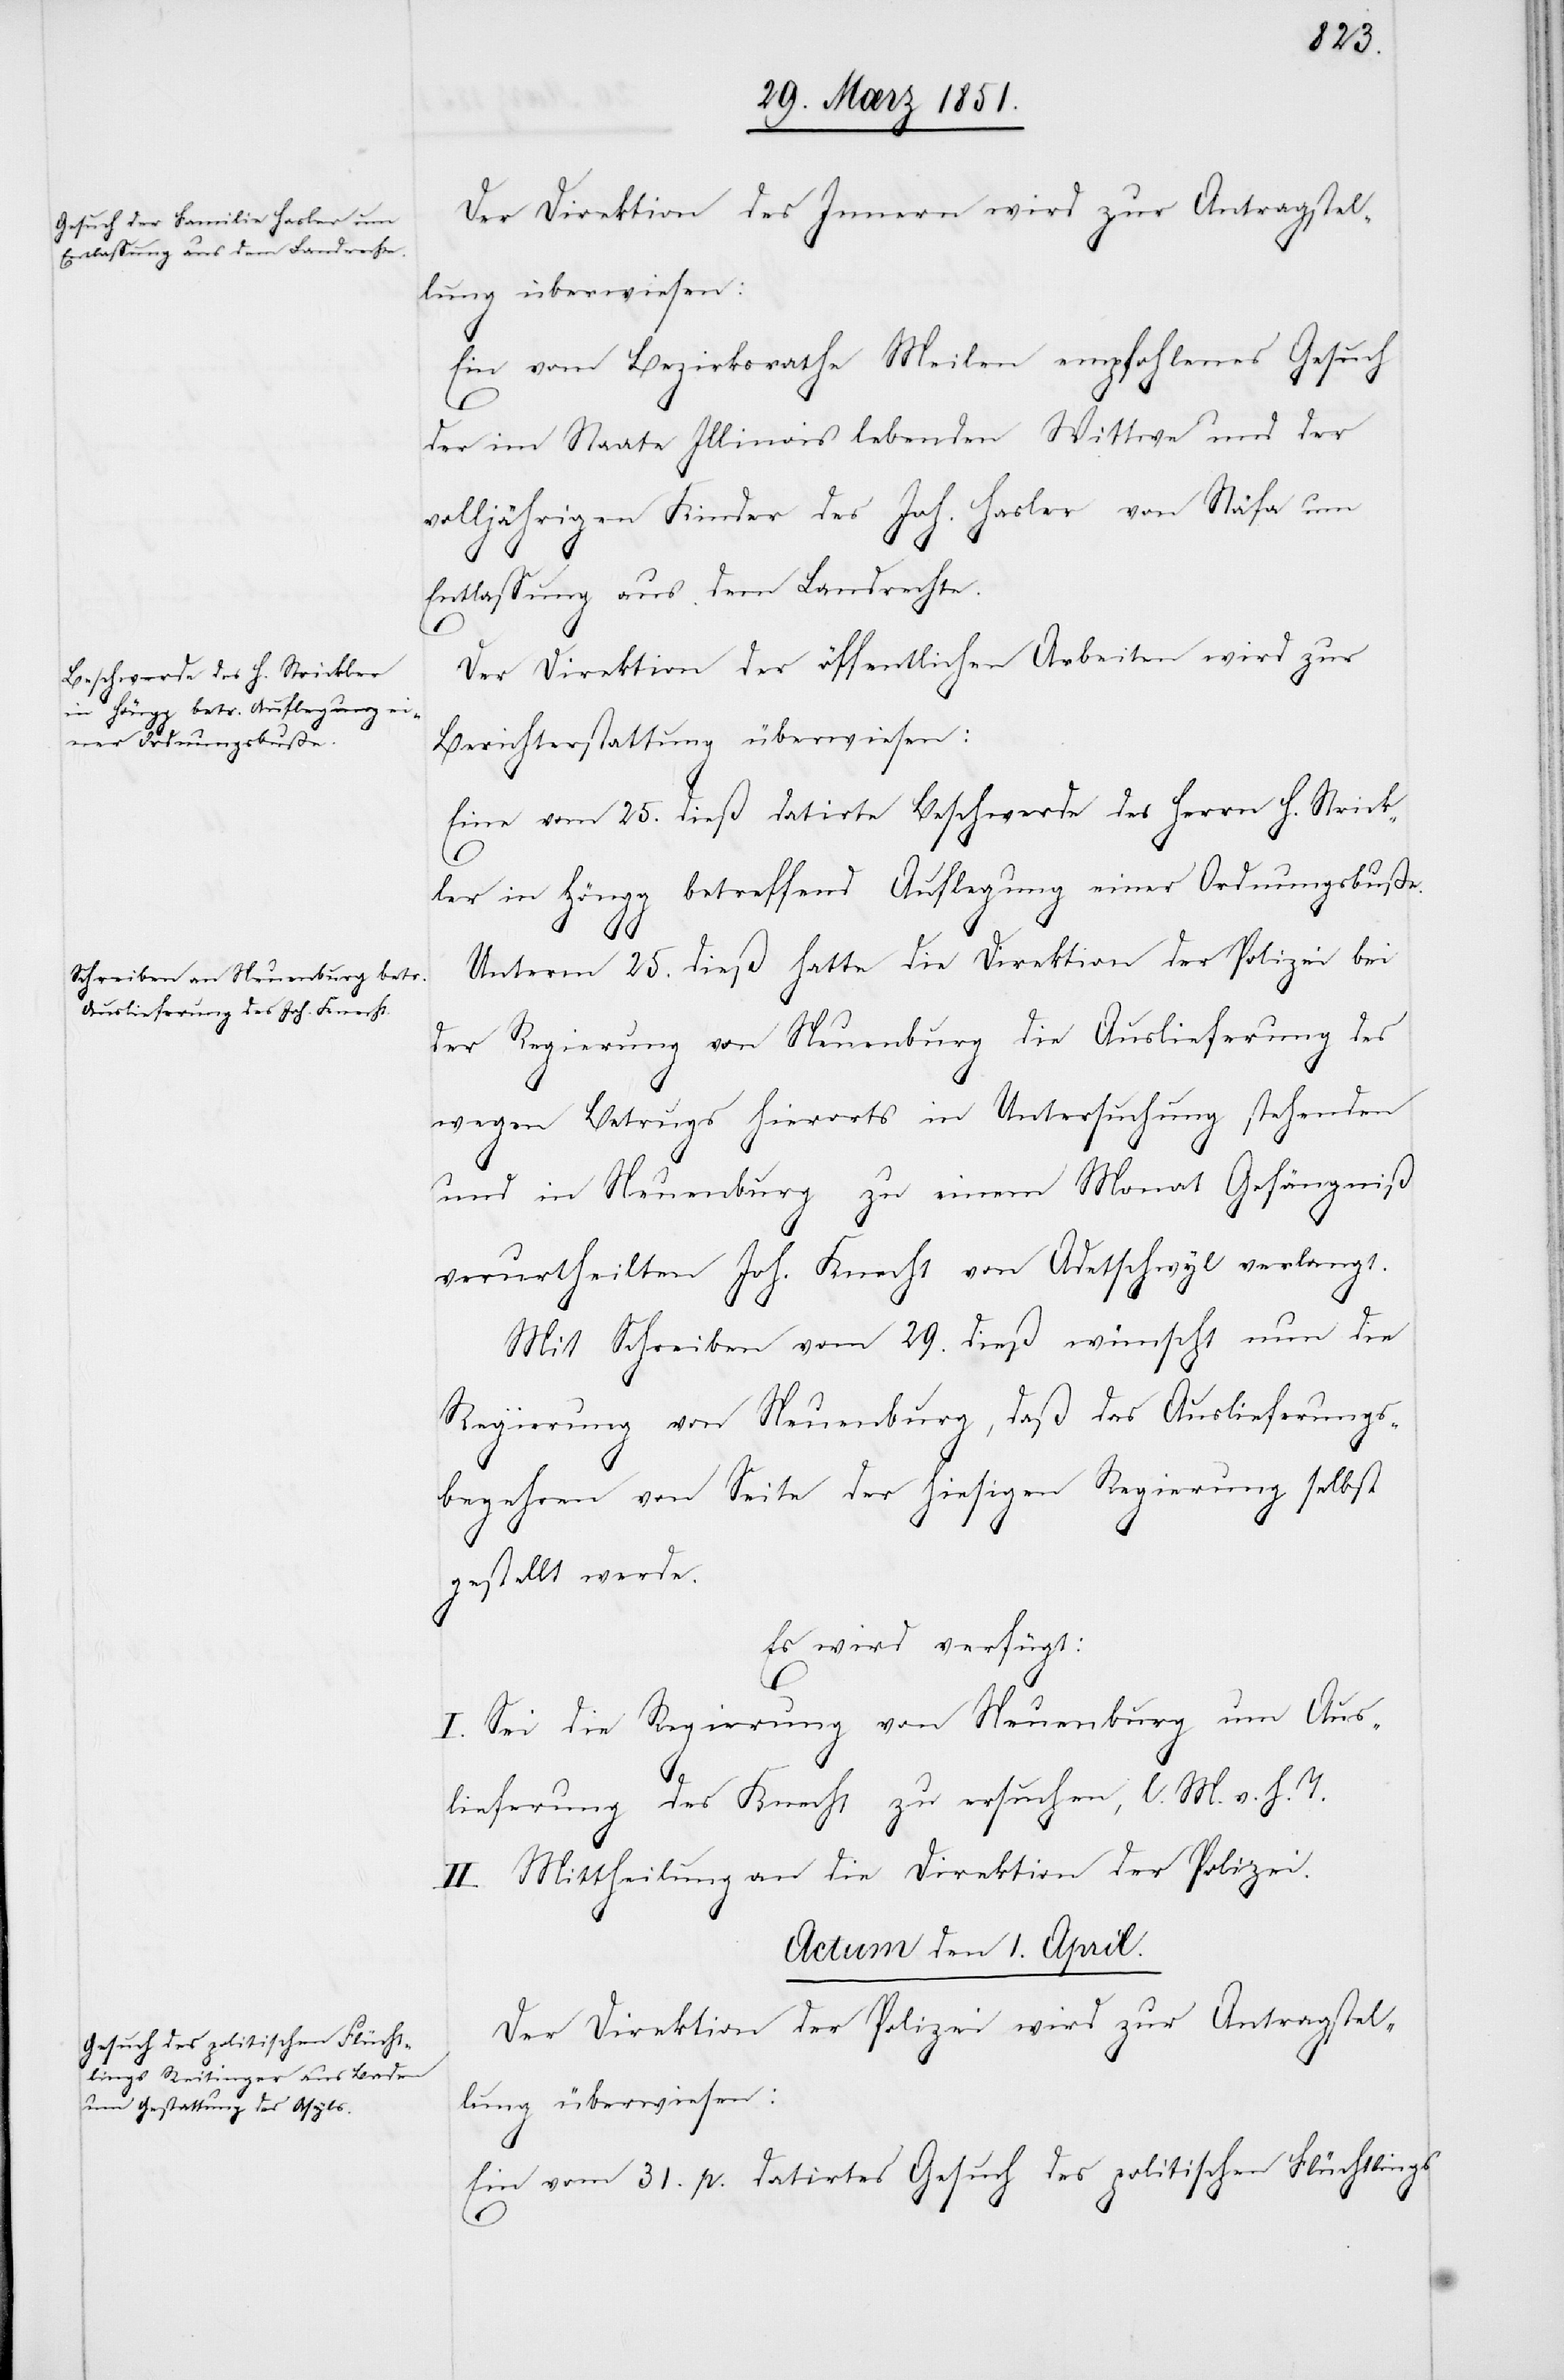
Der Direktion des Innern wird zur Antragstel¬
lung überwiesen:
Ein vom Bezirksrathe Meilen empfohlenes Gesuch
der im Staate Illinois lebenden Wittwe und der
volljährigen Kinder des Joh. Hasler von Stäfa um
Entlassung aus dem Landrechte.
Der Direktion der öffentlichen Arbeiten wird zur
Berichterstattung überwiesen:
Eine vom 25. dieß datirte Beschwerde des Herrn H. Strick¬
ler in Höngg betreffend Auflegung einer Ordnungsbuße.
31.
Unterm 25. dieß hatte die Direktion der Polizei bei
der Regierung von Neuenburg die Auslieferung des
wegen Betrugs hierorts in Untersuchung stehenden
und in Neuenburg zu einem Monat Gefängniß
verurtheilten Joh. Knecht von Adetschwyl verlangt.
Mit Schreiben vom 29. dieß wünscht nun die
Regierung von Neuenburg, daß das Auslieferungs¬
begehren von Seite der hiesigen Regierung selbst
gestellt werde.
Es wird verfügt:
I. Sei die Regierung von Neuenburg um Aus¬
lieferung des Knecht zu ersuchen, l. M. v. h. T.
II. Mittheilung an die Direktion der Polizei.
Actum den 1. April.
Der Direktion der Polizei wird zur Antragstel¬
lung überwiesen:
Ein vom 31. p. datirtes Gesuch des politischen Flüchtlings